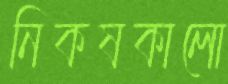
নিকষকালো